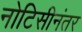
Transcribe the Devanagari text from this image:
नोटिसीनंतर